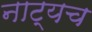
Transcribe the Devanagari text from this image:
नाट्यच